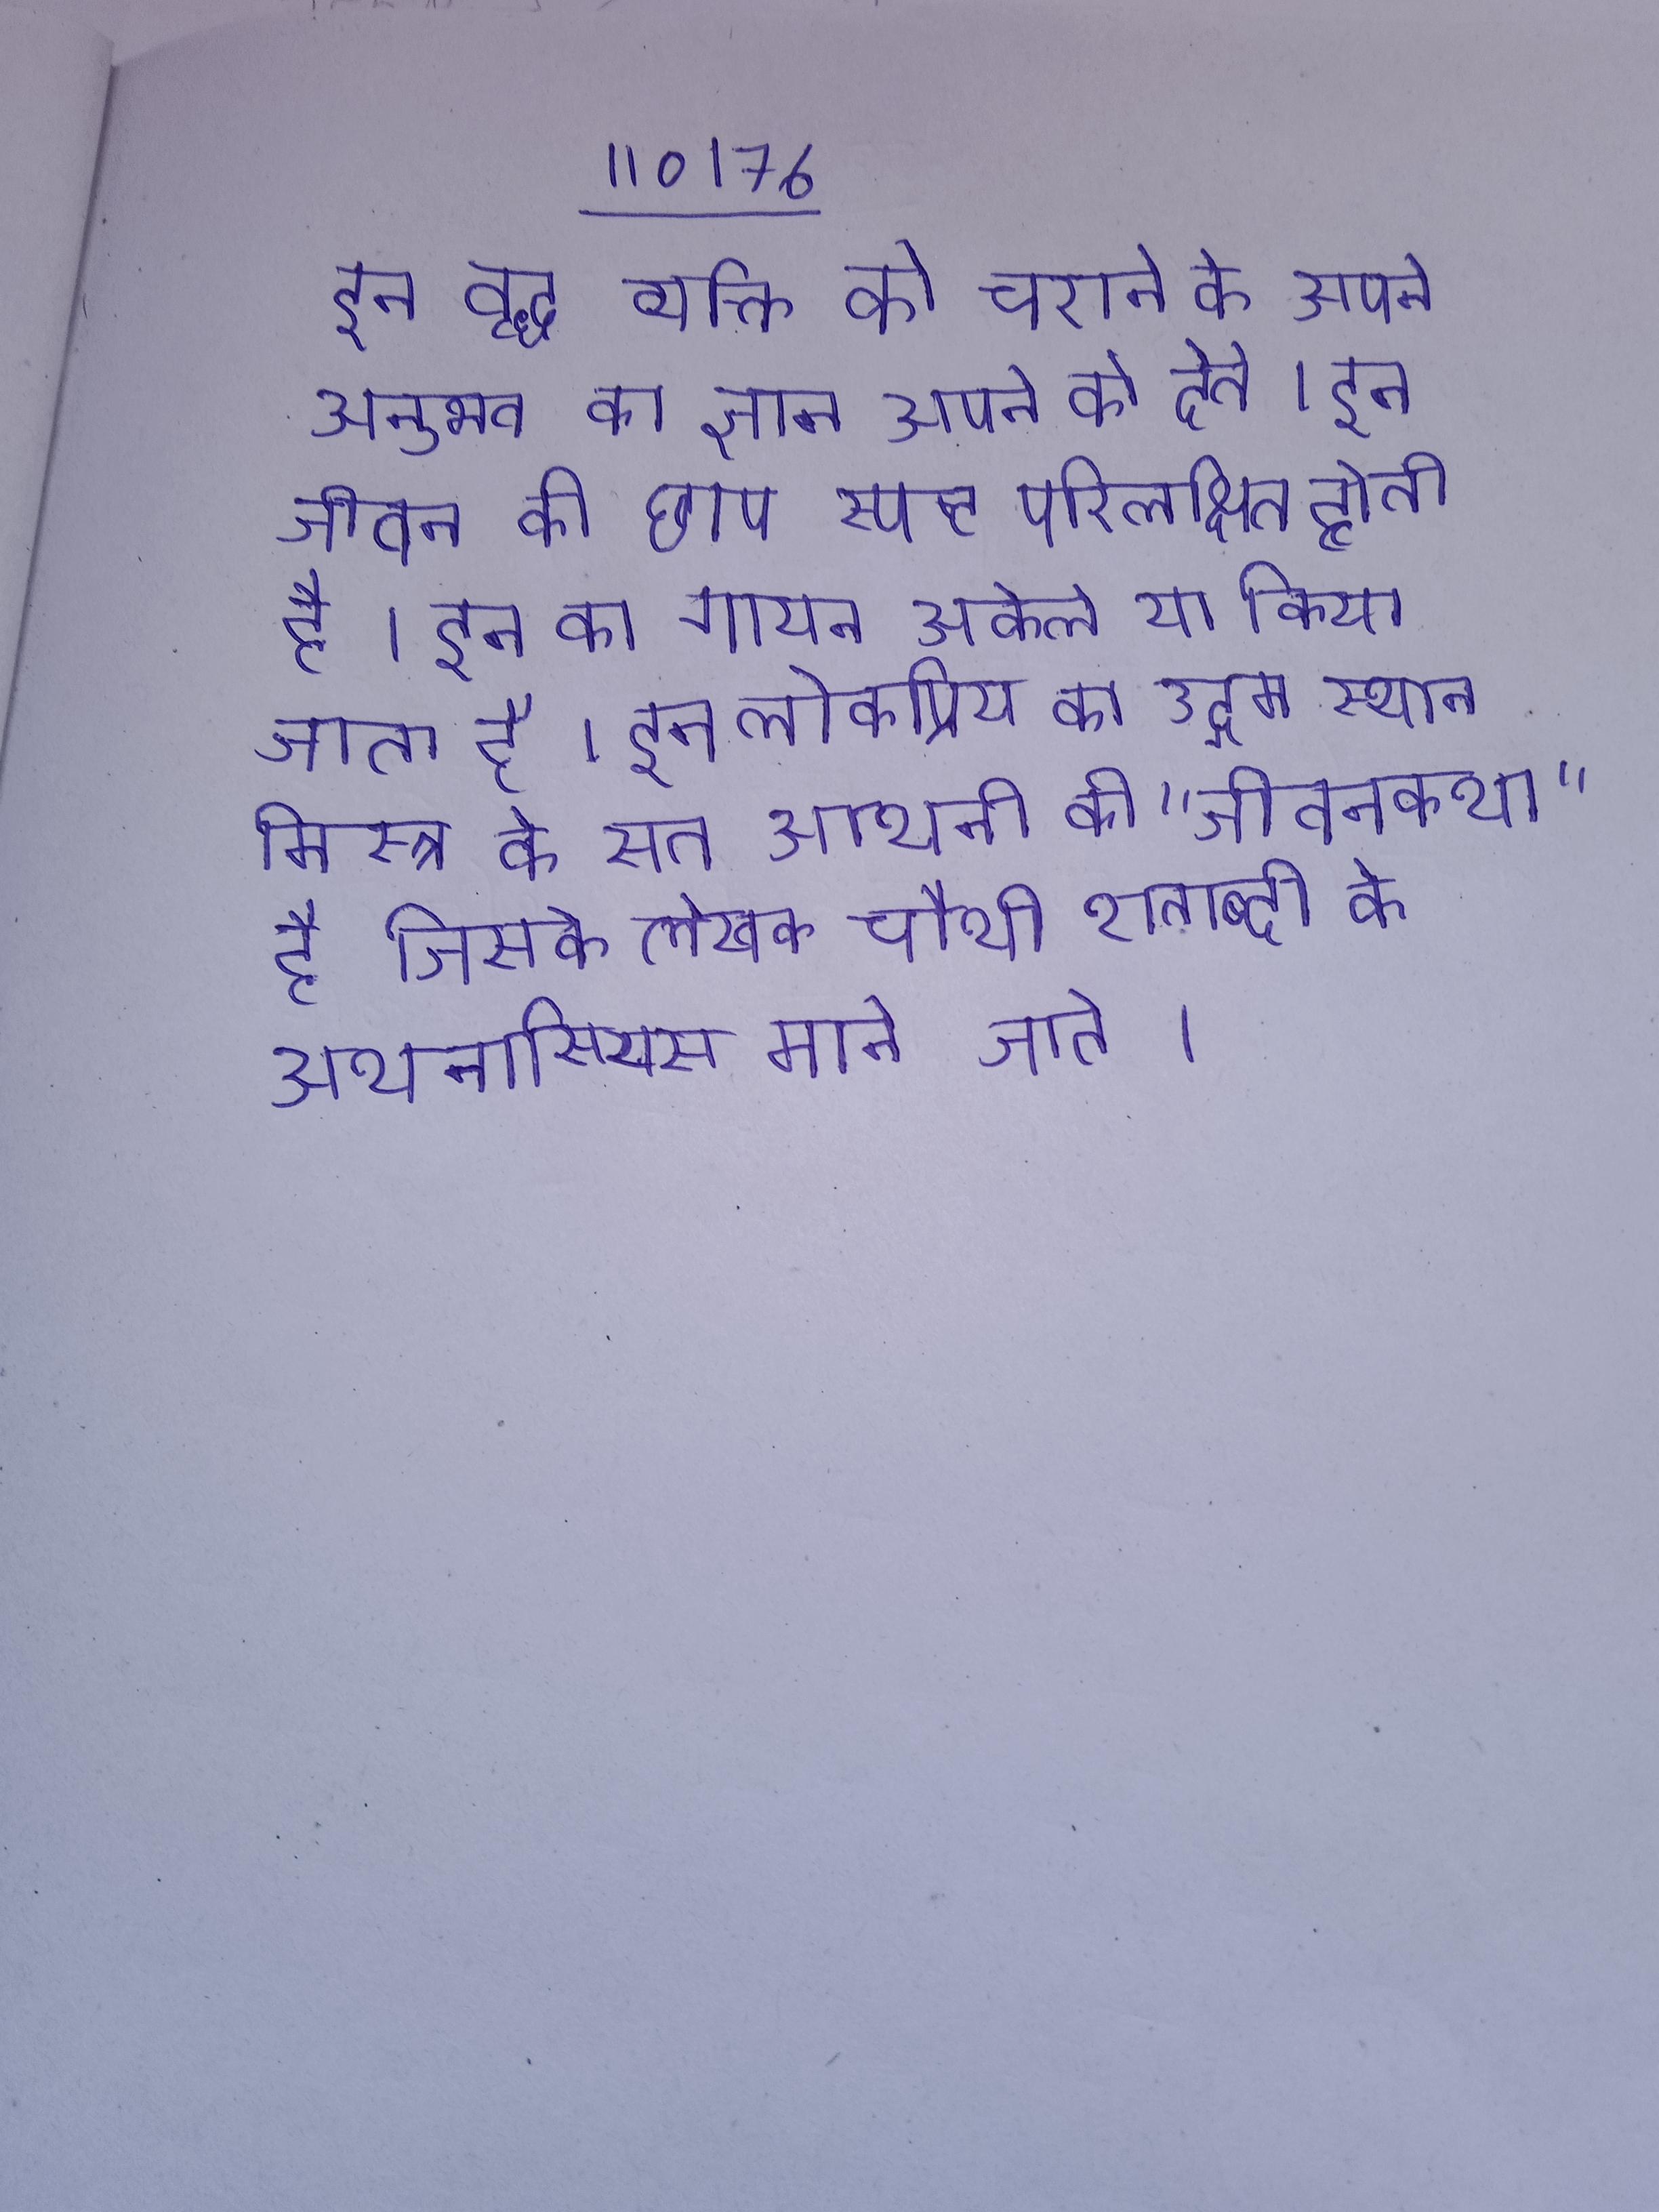
इन वृद्ध व्यक्ति को चराने के अपने अनुभव का ज्ञान अपने को देते । इन जीवन की छाप स्पष्ट परिलक्षित होती है । इन का गायन अकेले या किया जाता है । इन लोकप्रिय का उद्गम स्थान मिस्त्र के सत आथनी की "जीवनकथा" है जिसके लेखक चौथी शताब्दी के अथनासियस माने जाते ।